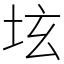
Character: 𡊨